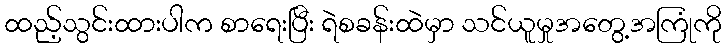
ထည့်သွင်းထားပါက စာရေးပြီး ရဲစခန်းထဲမှာ သင်ယူမှုအတွေ့အကြုံကို